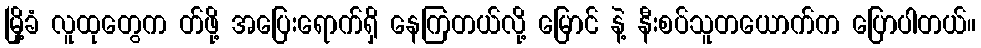
မြို့ခံ လူထုတွေက တ်ဖို့ အပြေးရောက်ရှိ နေကြတယ်လို့ မြောင် နဲ့ နီးစပ်သူတယောက်က ပြောပါတယ်။